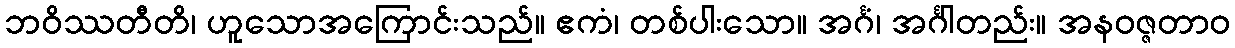
ဘဝိဿတီတိ၊ ဟူသောအကြောင်းသည်။ ဧကံ၊ တစ်ပါးသော။ အင်္ဂံ၊ အင်္ဂါတည်း။ အနဝဇ္ဇတာဝ